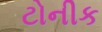
ટોનીક